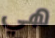
هي